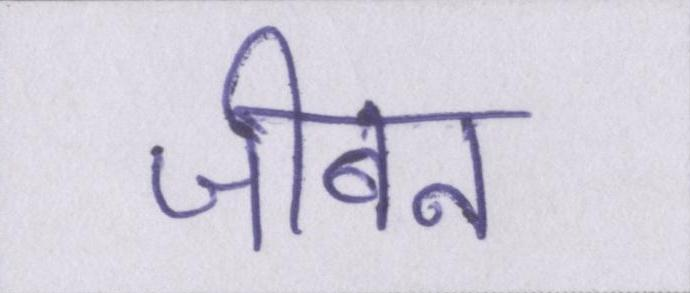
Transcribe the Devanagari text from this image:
जीबन